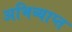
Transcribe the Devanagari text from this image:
अभिव्याप्त